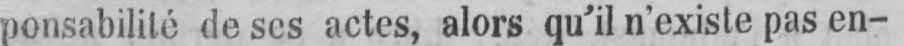
ponsabilité de ses actes, alors qu’il n’existe pas en-